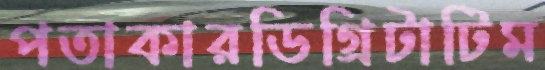
পতাকারডিগ্রিটাটিম